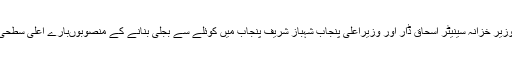
اسلام آباد کی تصاویر، اسلام آباد، وزیر خزانہ سینیٹر اسحاق ڈار اور وزیراعلی پنجاب شہباز شریف پنجاب میں کوئلے سے بجلی بنانے کے منصوبوں‌بارے اعلی سطحی اجلاس کی صدارت کر رہے ہیں۔